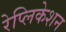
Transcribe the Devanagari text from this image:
रेप्लिकेशन